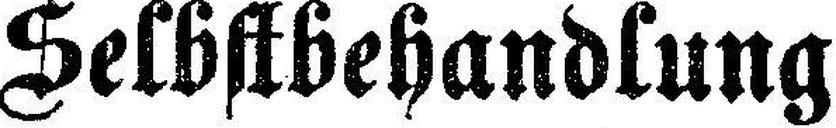
Selbstbehandlung